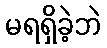
မရရှိခဲ့ဘဲ